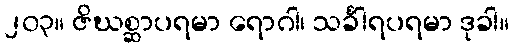
၂၀၃။ ဇိဃစ္ဆာပရမာ ရောဂါ၊ သင်္ခါရပရမာ ဒုခါ။